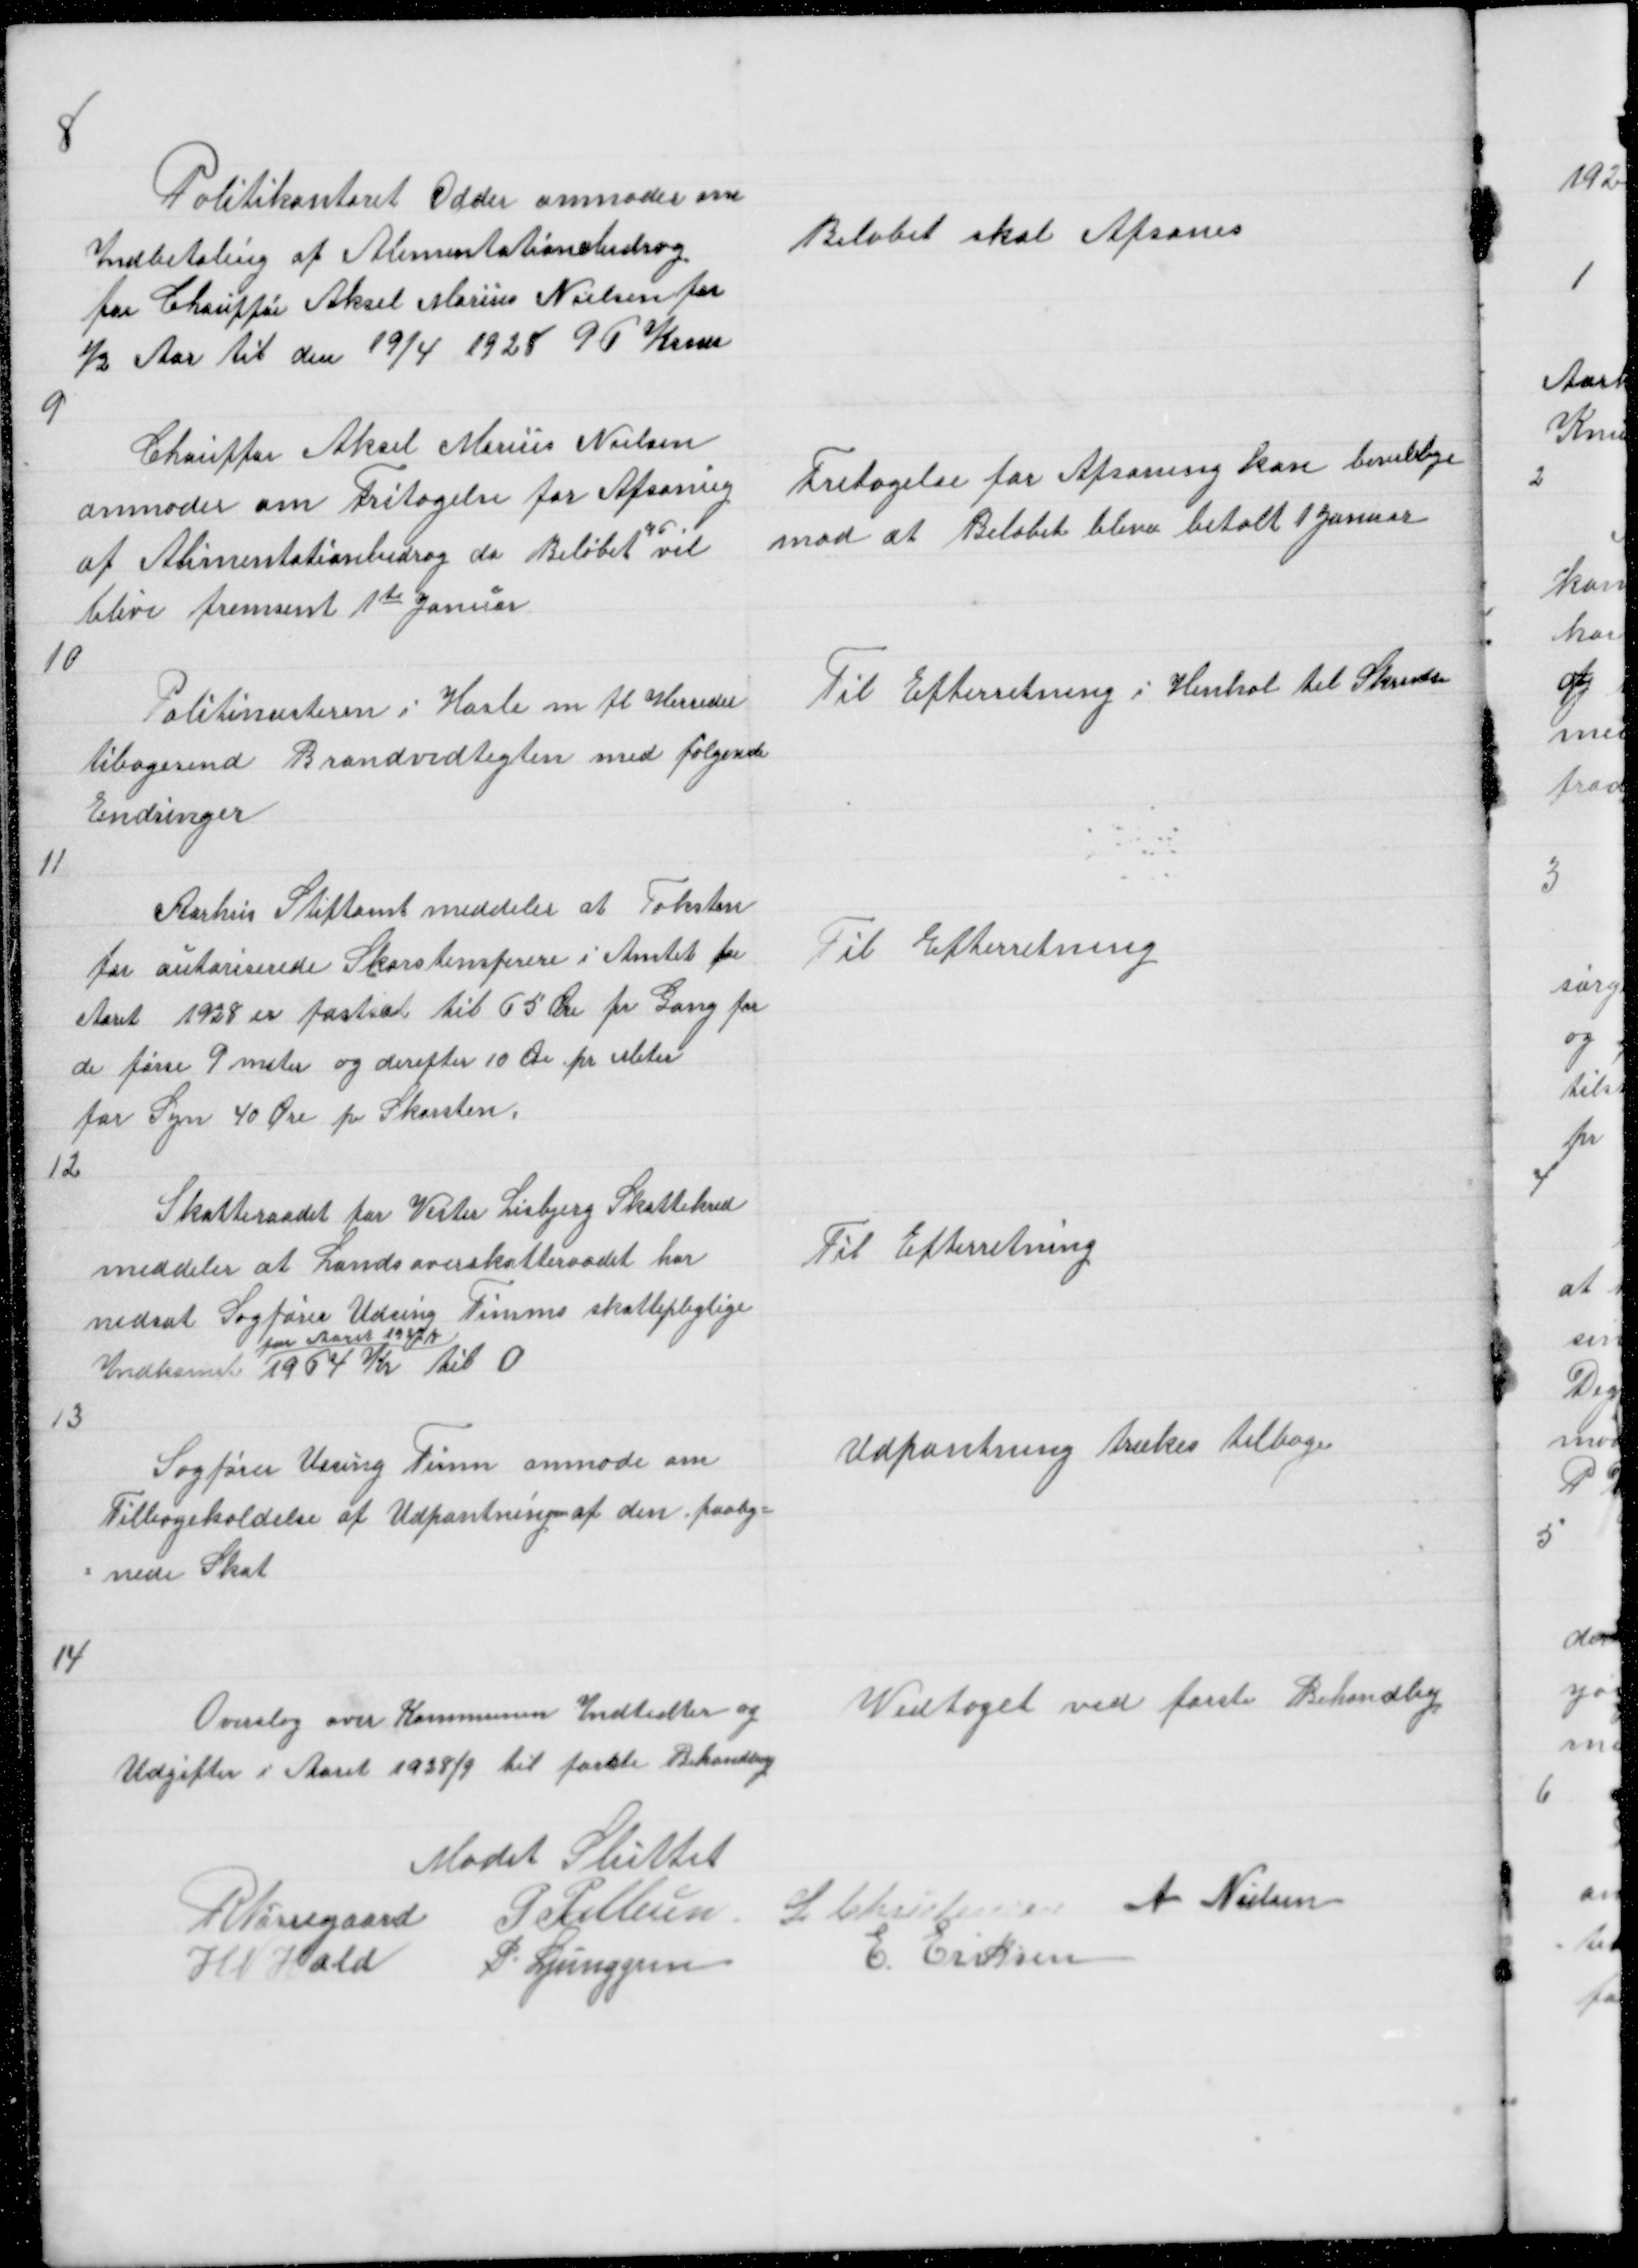
Transskription:
8
Politikontoret Odder anmoder om
Indbetaling af Alimentationsbidrag
for Chauffør Aksel Marius Nielsen for
½ Aar til den 19/4 1928 96 Krner

Beløbet skal Afsones

9

Chauffør Aksel Marius Nielsen
anmoder om Fritagelse for Afsoning
96
af Alimentationsbidrag da Beløbet vil
blive fremsent 1te Januar

Fritagelse for Afsoning kan bevillige
mod at Beløbet bliver betalt 1 Januar

10

Politimesteren i Hasle m fl Herreder
tilbagesend Brandvedtegten med følgende
Erindringer

Til Efterretning i Henhol til Skrivelse

11

Aarhus Stiftamt meddeler at Taksten
for autoriserede Skorstensferere i Amtet for
Aaret 1928 er fastsat til 65 Øre pr Gang for
de førse 9 meter og derefter 10 Øre pr Meter
for Syn 40 Øre pr Skorsten
12

Til Efterretning

Skatteraadet for Vester Lisbjerg Skattekred
meddeler at Landsoverskatteraadet har
nedsat Sagfører Udsing Timms skattepligtige
for Aaret 1927/8
Indkomst 1964 Kr til 0

Til Efterretning

13

Sagfører Ussing Timm anmode om
Tilbageholdelse af Udpantning af den paalig =
= nede Skat

Udpantning trækes tilbage

14

Overslag over Kommunen Indtedter og
Udgifter i Aaret 1928/9 til første Behandling

Vedtaget ved første Behandling

Mødet Sluttet
R Nørregaard P Pallesen L Christensen A Nielsen
H N Hald
P. Ljunggren
E Eriksen